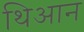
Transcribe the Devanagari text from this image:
थिआन